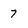
Character: 7